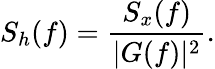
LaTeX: S_{h}(f)=\frac{S_{x}(f)}{|G(f)|^{2}}.